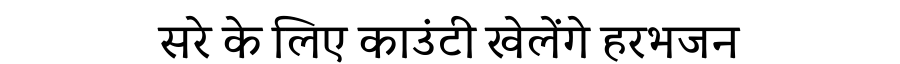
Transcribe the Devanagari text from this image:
सरे के लिए काउंटी खेलेंगे हरभजन